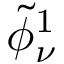
\tilde { \phi } _ { \nu } ^ { 1 }